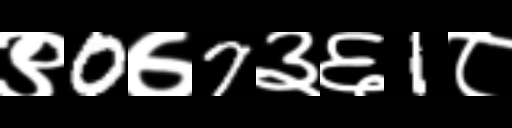
Text: ९0७7३६1८